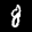
Label: 8